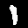
Label: 1